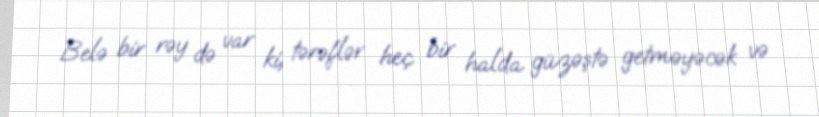
Belə bir rəy də var ki, tərəflər heç bir halda güzəştə getməyəcək və